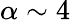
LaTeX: \alpha\sim 4